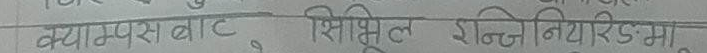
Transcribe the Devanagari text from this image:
क्याम्पस बाट शिक्षित इन्जिनियरिङमा